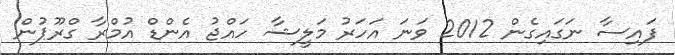
ފައިސާ ނަގައިގެން 2012 ވަނަ އަހަރު މަލީޝާ ހައްޖު އެންޑް އުމްރާ ގްރޫޕުން